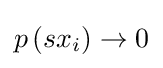
p\left(sx_{i}\right)\to 0